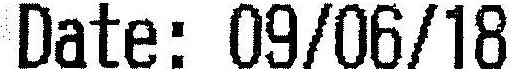
DATE: 09/06/18